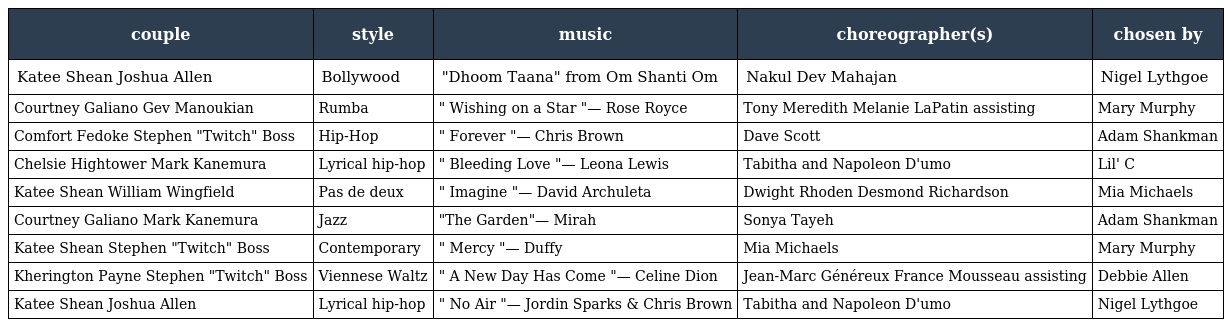
| couple | style | music | choreographer(s) | chosen by |
 | --- | --- | --- | --- | --- |
 | Katee Shean Joshua Allen | Bollywood | "Dhoom Taana" from Om Shanti Om | Nakul Dev Mahajan | Nigel Lythgoe |
 | Courtney Galiano Gev Manoukian | Rumba | " Wishing on a Star "— Rose Royce | Tony Meredith Melanie LaPatin assisting | Mary Murphy |
 | Comfort Fedoke Stephen "Twitch" Boss | Hip-Hop | " Forever "— Chris Brown | Dave Scott | Adam Shankman |
 | Chelsie Hightower Mark Kanemura | Lyrical hip-hop | " Bleeding Love "— Leona Lewis | Tabitha and Napoleon D'umo | Lil' C |
 | Katee Shean William Wingfield | Pas de deux | " Imagine "— David Archuleta | Dwight Rhoden Desmond Richardson | Mia Michaels |
 | Courtney Galiano Mark Kanemura | Jazz | "The Garden"— Mirah | Sonya Tayeh | Adam Shankman |
 | Katee Shean Stephen "Twitch" Boss | Contemporary | " Mercy "— Duffy | Mia Michaels | Mary Murphy |
 | Kherington Payne Stephen "Twitch" Boss | Viennese Waltz | " A New Day Has Come "— Celine Dion | Jean-Marc Généreux France Mousseau assisting | Debbie Allen |
 | Katee Shean Joshua Allen | Lyrical hip-hop | " No Air "— Jordin Sparks & Chris Brown | Tabitha and Napoleon D'umo | Nigel Lythgoe |